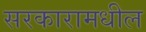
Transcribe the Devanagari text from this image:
सरकारामधील